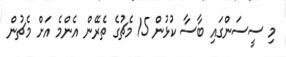
މި ސީސަންގައި ބާސާ ކުޅުން 15 މެޗުގެ ތެރޭން އެންމެ އަށް މެޗުން